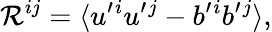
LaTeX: {\cal{R}}^{ij}=\langle{u^{\prime}{}^{i}u^{\prime}{}^{j}-b^{\prime}{}^{i}b^{\prime}{}^{j}}\rangle,